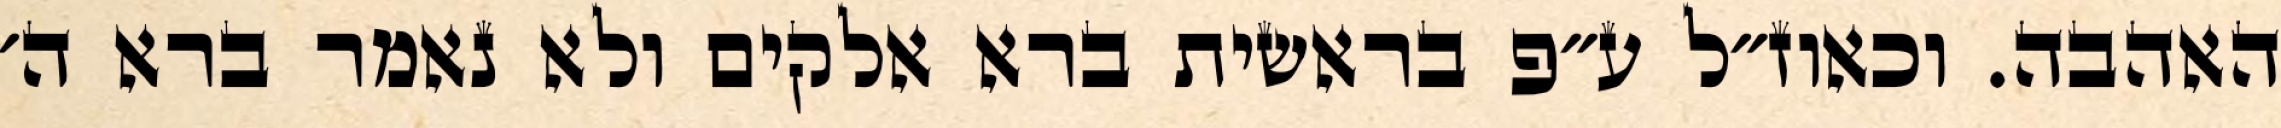
האהבה. וכאוז״ל ע״פ בראשית ברא אלקים ולא נאמר ברא ה׳